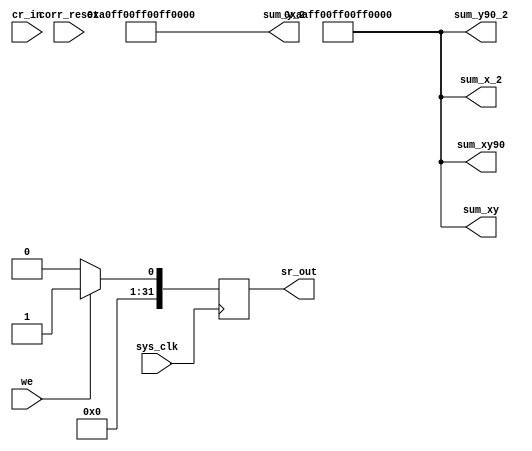
module dummy_corr(

    input sys_clk,
    //input clk_2x,
    //input rst,
    input corr_reset,
    //input adc_dav_1,
    //input adc_dav_2,
    input we,

    //input [15:0] data_in_1,
    //input [15:0] data_in_2,
    input [31:0] cr_in,
    
    //output clk_sample_p,
    //output clk_sample_n,
    
    output reg [31:0] sr_out,
    output [63:0] sum_x_2,
    output [63:0] sum_y_2,
    output [63:0] sum_xy,
    output [63:0] sum_xy90,
    output [63:0] sum_y90_2
    
);

    assign sum_x_2      = 64'hAAFF00FF00FF0081;
    assign sum_y_2      = 64'hAA0FF00FF00FF0081;
    assign sum_xy       = 64'hAAFF00FF00FF0081;
    assign sum_xy90     = 64'hAAFF00FF00FF0081;
    assign sum_y90_2    = 64'hAAFF00FF00FF0081;


    always @(posedge sys_clk)
        if (we)
            sr_out = 32'h00000001;
            
        else
            sr_out = 32'h00000000;
            
endmodule